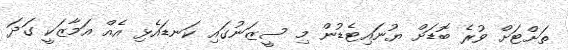
ތަށްޓަށް ވުރެ ބޮޑަށް ޔުނައިޓެޑުން މި ސީޒަނުގައި ކަނޑައެޅި އެއް އަމާޒަކީ ގަދަ